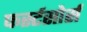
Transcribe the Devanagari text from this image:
फर्स्टसोर्स